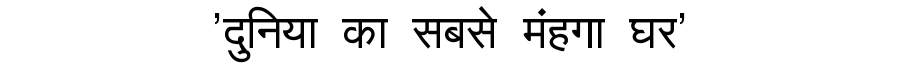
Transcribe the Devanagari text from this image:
'दुनिया का सबसे मंहगा घर'